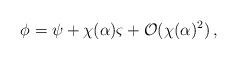
LaTeX: \begin{align*}\phi =\psi +\chi (\alpha )\varsigma + \mathcal{O}(\chi (\alpha)^2)\,,\end{align*}